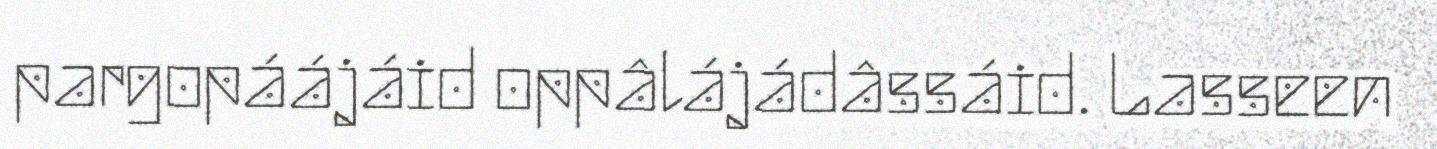
pargopáájáid oppâlájádâssáid. Lasseen